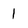
Character: 1